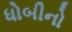
ધોબીનો